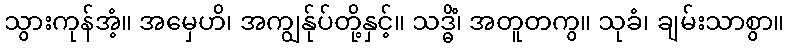
သွားကုန်အံ့။ အမှေဟိ၊ အကျွန်ုပ်တို့နှင့်။ သဒ္ဓိံ၊ အတူတကွ။ သုခံ၊ ချမ်းသာစွာ။